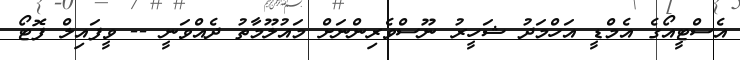
އެސްޓީއޯގެ އެމްޑީ އަހްމަދު ޝަހީރު ނޫސްވެރިންނަށް މައުލޫމާތު ދެއްވަނީ -- ވީފައިލް ފޮޓޯ